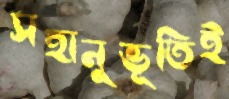
সহানুভূতিই